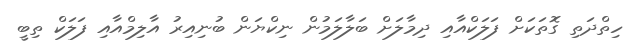
ހިތްދަތި ގޮތަކަށް ފަލަކްއާއި ދިމާލަށް ބަލާލަމުން ނިކްޔަން ބުނިއިރު އާލިމްއާއި ފަލަކް ތިބީ